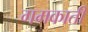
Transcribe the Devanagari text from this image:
गमकाती